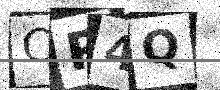
Text: CR4Q